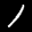
Label: 1